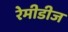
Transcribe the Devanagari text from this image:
रेमीडीज